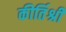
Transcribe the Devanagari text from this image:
कीर्तिश्री